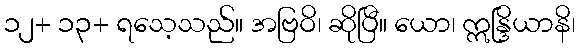
၁၂+ ၁၃+ ရသေ့သည်။ အဗြဝိ၊ ဆိုပြီ။ ယော၊ ဣန္ဒြိယာနိ၊